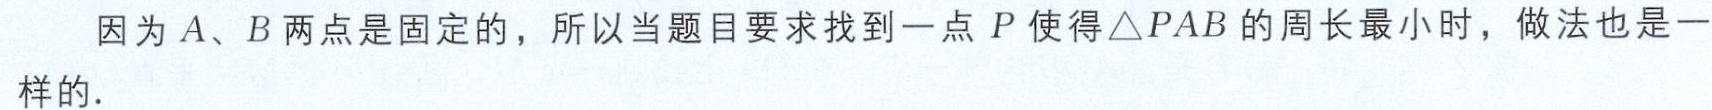
因为\(A、B\)两点是固定的，所以当题目要求找到一点\(P\)使得\(\triangle PAB\)的周长最小时，做法也是一样的.